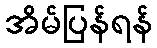
အိမ်ပြန်ရန်